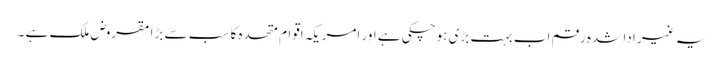
یہ غیر ادا شدہ رقم اب بہت بڑی ہوچکی ہے اور امریکہ اقوامِ متحدہ کا سب سے بڑا مقروض ملک ہے ۔